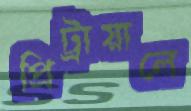
প্রিট্রায়ালে